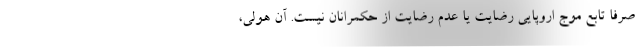
صرفا تابع موج اروپایی رضایت یا عدم رضایت از حکمرانان نیست. آن هولی،